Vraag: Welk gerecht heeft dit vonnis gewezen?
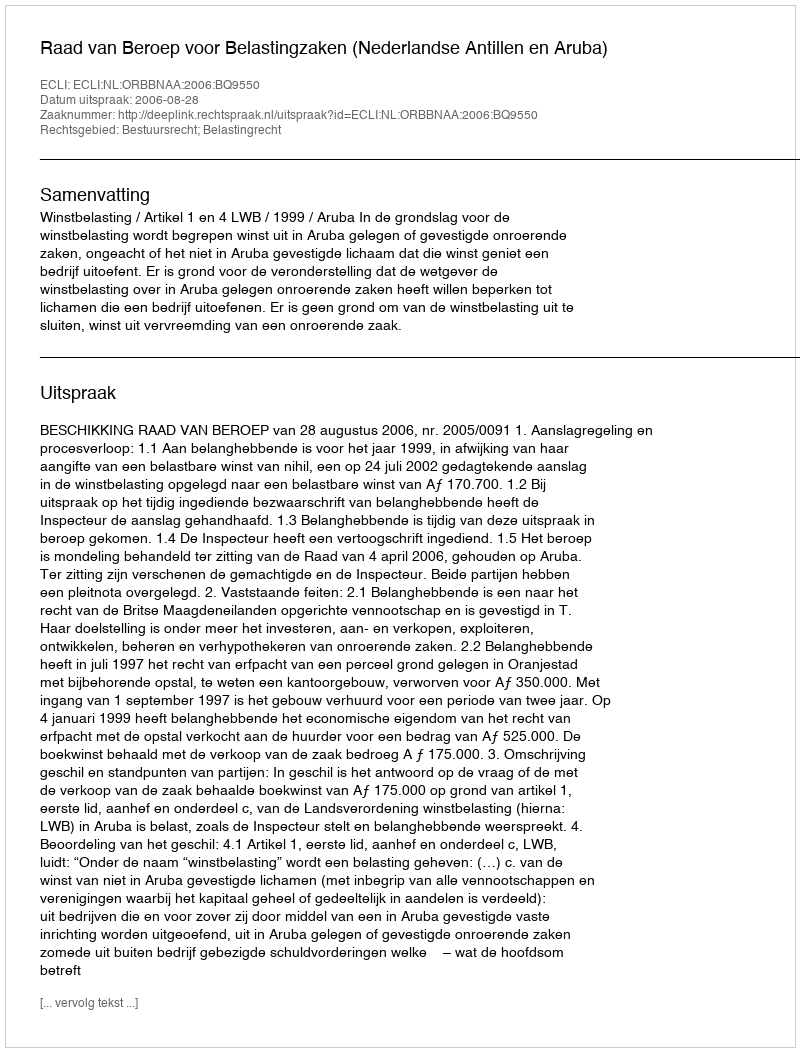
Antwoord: Raad van Beroep voor Belastingzaken (Nederlandse Antillen en Aruba)